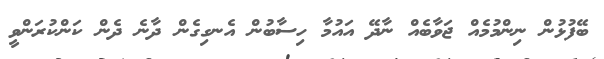
ބޭފުޅުން ނިންމުމެއް ޖަވާބެއް ނާދޭ އައުމާ ހިސާބުން އެނގިގެން ދާނެ ދެން ކަންކުރަންވީ